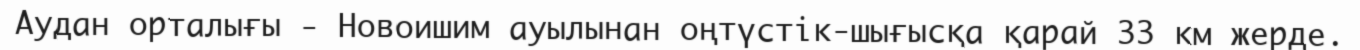
Аудан орталығы - Новоишим ауылынан оңтүстік-шығысқа қарай 33 км жерде.